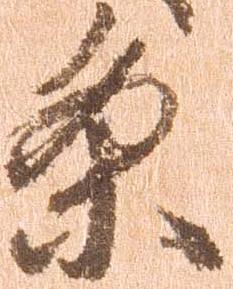
条